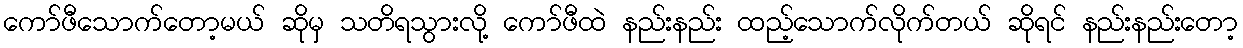
ကော်ဖီသောက်တော့မယ် ဆိုမှ သတိရသွားလို့ ကော်ဖီထဲ နည်းနည်း ထည့်သောက်လိုက်တယ် ဆိုရင် နည်းနည်းတော့